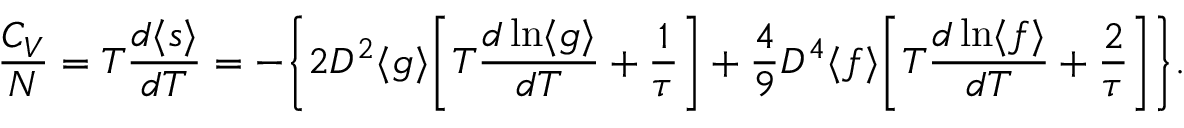
\begin{array} { c c c } { \displaystyle { \frac { C _ { V } } { N } = T \frac { d \langle s \rangle } { d T } = - \bigg \{ 2 D ^ { 2 } \langle g \rangle \bigg [ T \frac { d \ln \langle g \rangle } { d T } + \frac { 1 } { \tau } \bigg ] + \frac { 4 } { 9 } D ^ { 4 } \langle f \rangle \bigg [ T \frac { d \ln \langle f \rangle } { d T } + \frac { 2 } { \tau } \bigg ] \bigg \} . } } \end{array}